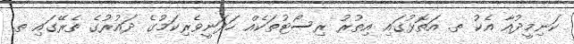
ކަނިމީދުއާ އެކު ތ. އަތޮޅުގައި އިތުރު ރިސޯޓުތަކެއް ހަދަނީވެރިކަމުގެ ދައުރުގެ ތެރޭގައި ތ.